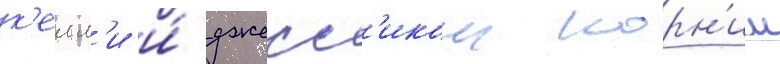
к'елл'и и́ джесс'икои корн'иш